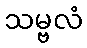
သမ္ဗလံ